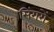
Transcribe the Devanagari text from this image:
सिंगरों